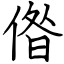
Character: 偺